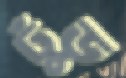
ঢুঁড়